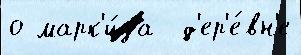
о марк'и́за  д'ер'е́вн'е